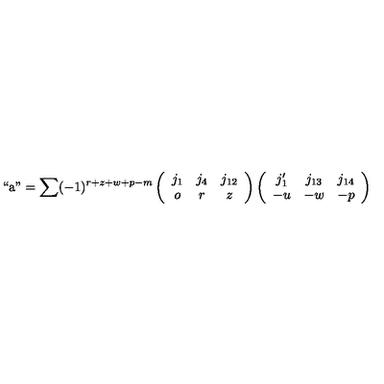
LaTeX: \mathrm { ` ` a " } = \sum ( - 1 ) ^ { r + z + w + p - m } \left( \begin{array} { c c c } { j _ { 1 } } & { j _ { 4 } } & { j _ { 1 2 } } \\ { o } & { r } & { z } \\ \end{array} \right) \left( \begin{array} { c c c } { j _ { 1 } ^ { \prime } } & { j _ { 1 3 } } & { j _ { 1 4 } } \\ { - u } & { - w } & { - p } \\ \end{array} \right)